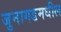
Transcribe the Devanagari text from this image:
जुनागडमधील